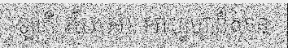
ឡាកឺ របៃ អា អាហ្វហ្គានីស្ថាន